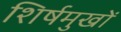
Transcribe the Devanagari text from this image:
शिर्षमुखों